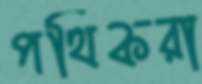
পথিকরা